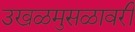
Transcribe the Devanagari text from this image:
उखळमुसळावरी